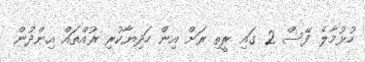
ހުޅުމާލެ ފޭސް 2 ގައި ރީތި ރަށް އިން ހަދިޔާކުރި ރުއްތައް އިންދުން